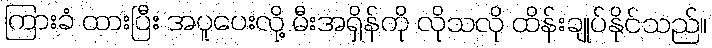
ကြားခံ ထားပြီး အပူပေးလို့ မီးအရှိန်ကို လိုသလို ထိန်းချုပ်နိုင်သည်။